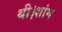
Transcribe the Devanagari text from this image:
थी।शांग